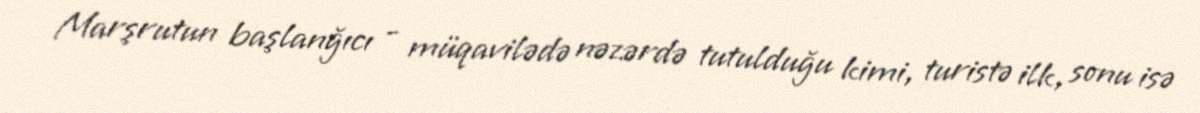
Marşrutun başlanğıcı - müqavilədə nəzərdə tutulduğu kimi, turistə ilk, sonu isə